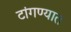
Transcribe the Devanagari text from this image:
टांगण्यात